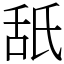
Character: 舐